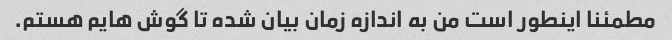
مطمئنا اینطور است من به اندازه زمان بیان شده تا گوش هایم هستم.